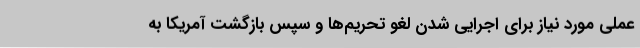
عملی مورد نیاز برای اجرایی شدن لغو تحریم‌ها و سپس بازگشت آمریکا به